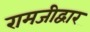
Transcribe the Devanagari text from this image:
रामजीद्वार